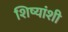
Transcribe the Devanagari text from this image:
शिष्यांशी